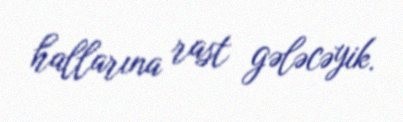
hallarına rast gələcəyik.